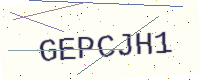
Text: GEPCJH1